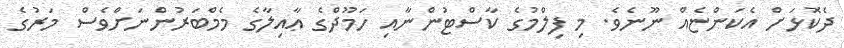
ދެކޮޅަށް އެކަންޏެއް ނޫނެވެ. މި ފިލްމުގެ ކާސްޓުންނާއި ހަމޫދްގެ ޢާއިލާގެ މެމްބަރުންނަށްވެސް މަރުގެ